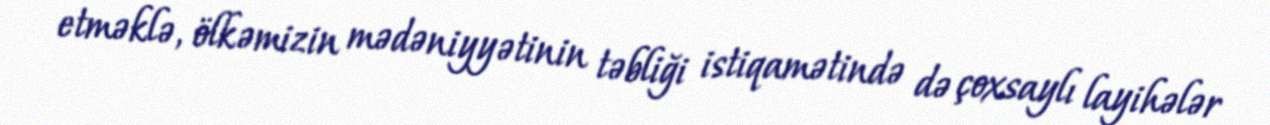
etməklə, ölkəmizin mədəniyyətinin təbliği istiqamətində də çoxsaylı layihələr